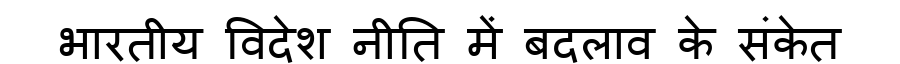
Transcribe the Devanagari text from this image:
भारतीय विदेश नीति में बदलाव के संकेत